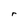
Character: r